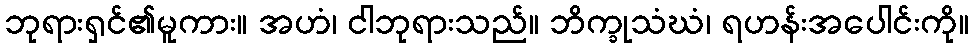
ဘုရားရှင်၏မူကား။ အဟံ၊ ငါဘုရားသည်။ ဘိက္ခုသံဃံ၊ ရဟန်းအပေါင်းကို။